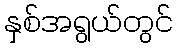
နှစ်အရွယ်တွင်